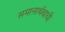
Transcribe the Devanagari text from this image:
समानार्थवाची